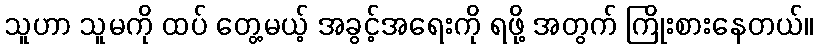
သူဟာ သူမကို ထပ် တွေ့မယ့် အခွင့်အရေးကို ရဖို့ အတွက် ကြိုးစားနေတယ်။